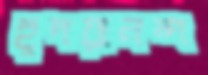
হূদয়ানন্দ